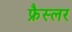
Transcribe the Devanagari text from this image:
फ्रैस्लर